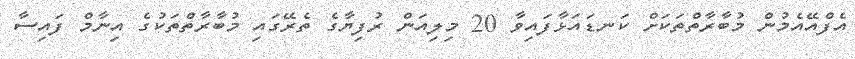
އެފްއޭއެމުން މުބާރާތްތަކަށް ކަނޑައަޅާފައިވާ 20 މިލިއަން ރުފިޔާގެ ތެރޭގައި މުބާރާތްތަކުގެ އިނާމް ފައިސާ